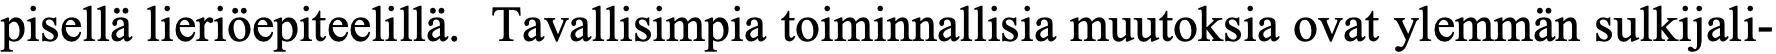
pisellä lieriöepiteelillä. Tavallisimpia toiminnallisia muutoksia ovat ylemmän sulkijali-